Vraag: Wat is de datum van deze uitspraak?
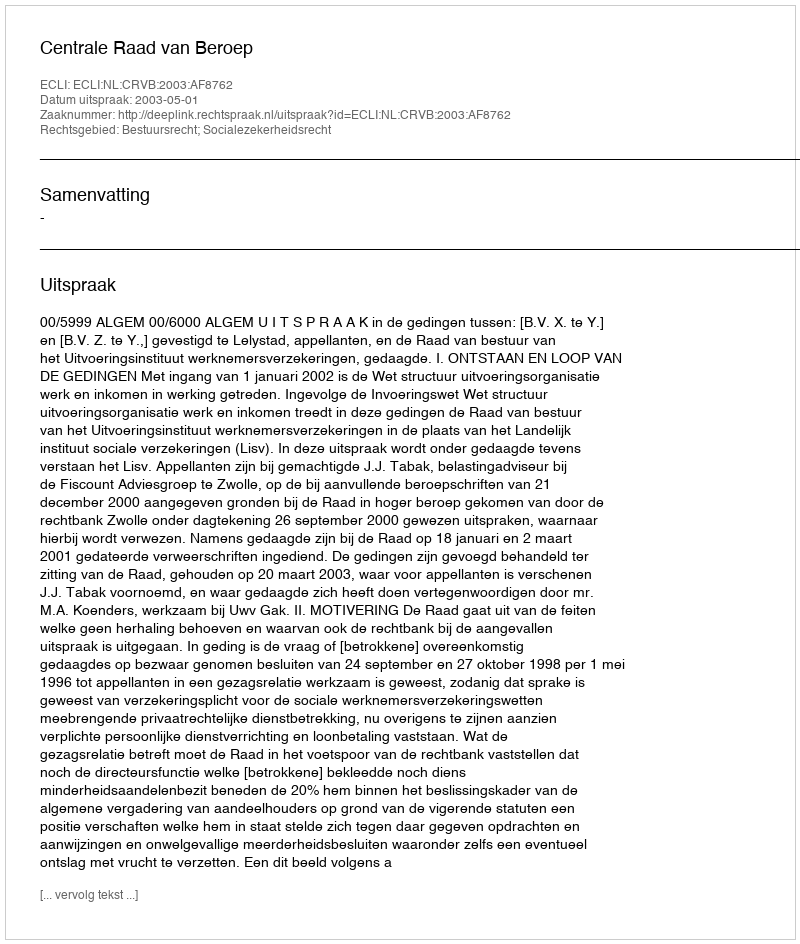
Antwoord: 2003-05-01